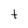
Character: t